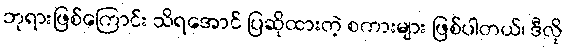
ဘုရားဖြစ်ကြောင်း သိရအောင် ပြဆိုထားတဲ့ စကားများ ဖြစ်ပါတယ်၊ ဒီလို